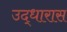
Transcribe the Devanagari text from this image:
उद्धारास